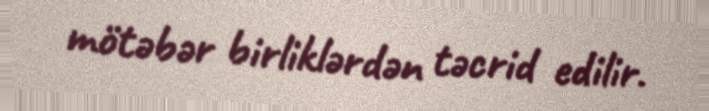
mötəbər birliklərdən təcrid edilir.